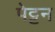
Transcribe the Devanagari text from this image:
पेट्टन